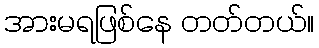
အားမရဖြစ်နေ တတ်တယ်။